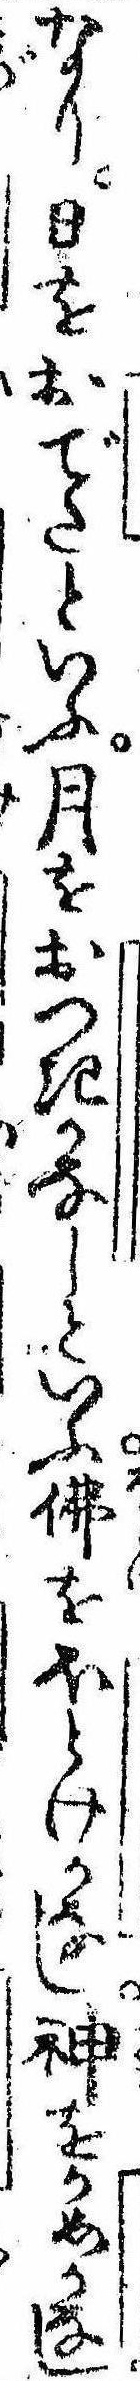
なり日をおでたといふ月をおつきかなしといふ仏をほとけかなし神をかめかなし